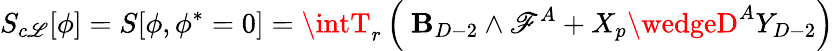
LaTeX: S_{c\mathscr{L}}[\phi]=S[\phi,\phi^{*}=0]=\intT_{r}\left(\ \mathbf{B}_{D-2}\wedge\mathscr{F}^{A}+X_{p}\wedgeD^{A}Y_{D-2}\right)